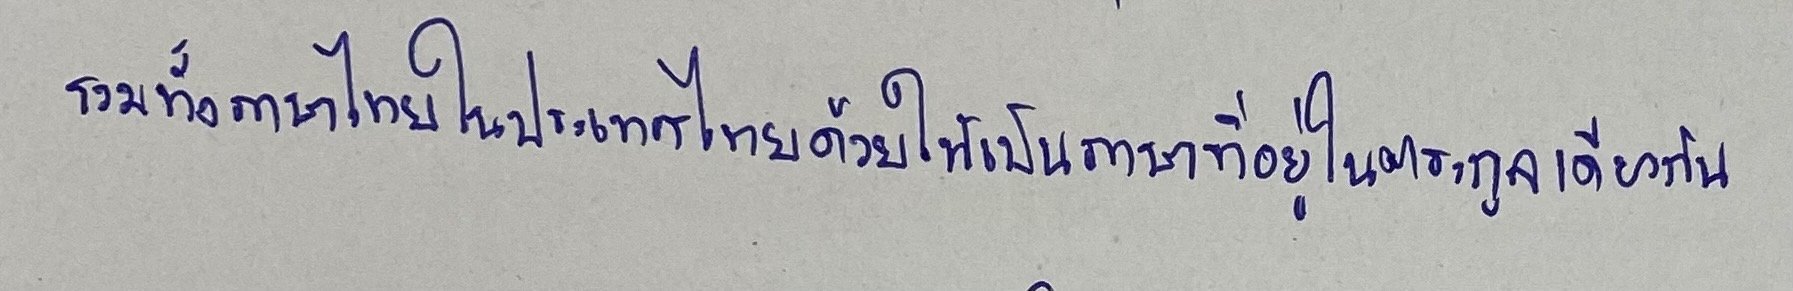
รวมทั้งภาษาไทยในประเทศไทยด้วยให้เป็นภาษาที่อยู่ในตระกูลเดียวกัน